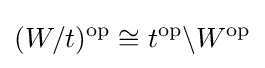
(W/t)^{\mathrm {op} }\cong t^{\mathrm {op} }\backslash W^{\mathrm {op} }